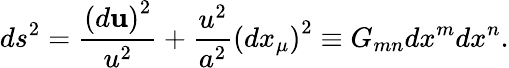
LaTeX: ds^{2}=\frac{\left(d{\mathbf u}\right)^{2}}{u^{2}}+\frac{u^{2}}{a^{2}}\left(dx_{\mu}\right)^{2}\equiv G_{mn}dx^{m}dx^{n}.